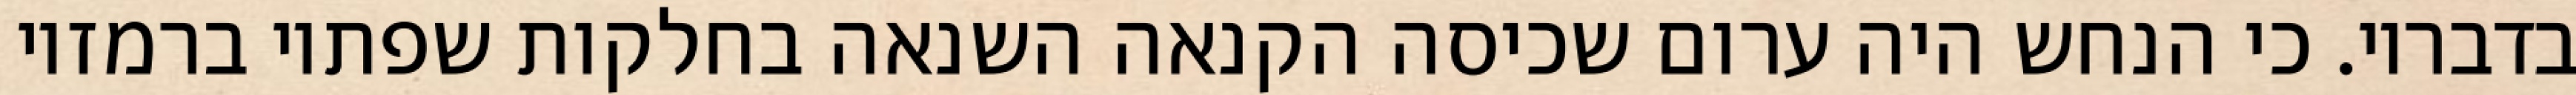
בדבריו. כי הנחש היה ערום שכיסה הקנאה השנאה בחלקות שפתיו ברמזיו